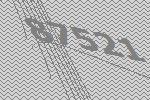
87521